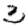
Digit: 3